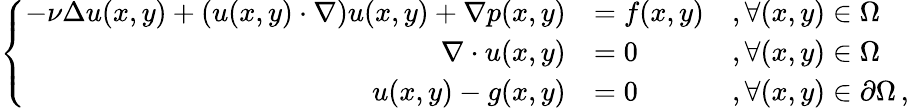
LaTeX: \left\{ \begin{array}{rll}{-\nu\Delta u(x,y)+(u(x,y)\cdot\nabla)u(x,y)+\nabla p(x,y)}&{=f(x,y)}&{,\forall(x,y)\in\Omega}\\ {\nabla\cdot u(x,y)}&{=0}&{,\forall(x,y)\in\Omega}\\ {u(x,y)-g(x,y)}&{=0}&{,\forall(x,y)\in\partial\Omega\, ,}\end{array}\right.